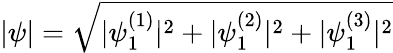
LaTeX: |\psi|=\sqrt{|\psi_{1}^{(1)}|^{2}+|\psi_{1}^{(2)}|^{2}+|\psi_{1}^{(3)}|^{2}}